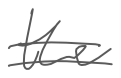
Text: the
Cross-out: double-line
Writing tool: digital_gray